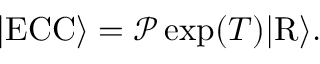
\begin{array} { r } { \vert \mathrm { E C C } \rangle = \mathcal { P } \exp ( T ) \vert \mathrm { R } \rangle . } \end{array}